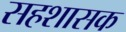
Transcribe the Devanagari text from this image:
सहशासक